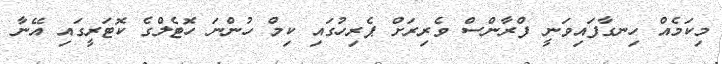
މިކަމެއް ހިނގާފައިވަނީ ފްރާންސް ވެެރިރަށް ޕެރިހުގައި ކިމް ހުންނަ ހޮޓެލްގެ ކޮޓަރީގައި އޭނާ